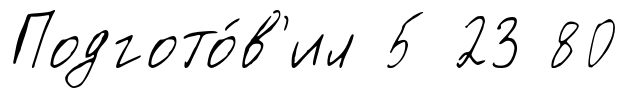
Подгото́в'ил 5 23 80